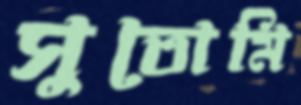
সুতোমি